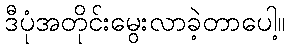
ဒီပုံအတိုင်းမွေးလာခဲ့တာပေါ့။